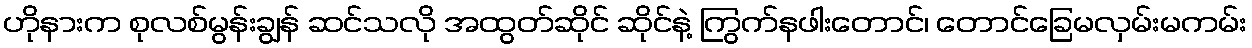
ဟိုနားက စုလစ်မွန်းချွန် ဆင်သလို အထွတ်ဆိုင် ဆိုင်နဲ့ ကြွက်နဖါးတောင်၊ တောင်ခြေမလှမ်းမကမ်း